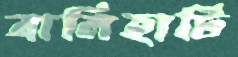
বালিহাটি